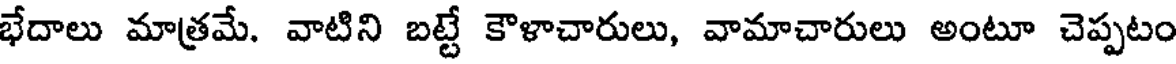
భేదాలు మాత్రమే. వాటిని బట్టే కౌళాచారులు, వామాచారులు అంటూ చెప్పటం